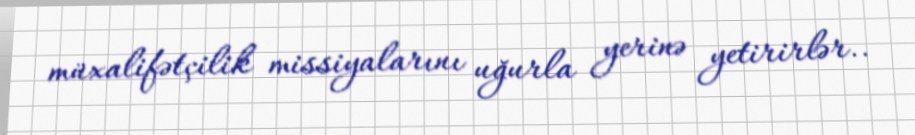
müxalifətçilik missiyalarını uğurla yerinə yetirirlər..